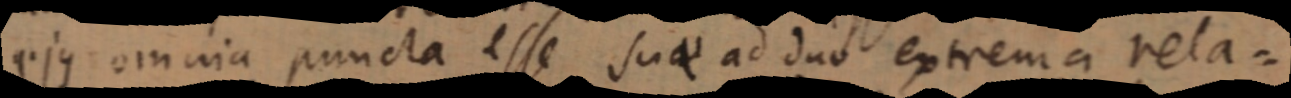
ejus omnia puncta esse suae ad duo extrema rela–